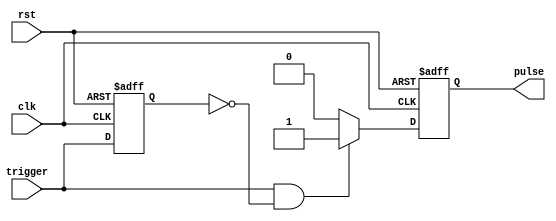
module RisingEdgePulseGenerator (
    input wire clk,
    input wire rst,
    input wire trigger,
    output reg pulse
);

reg prev_trigger;

always @(posedge clk or posedge rst) begin
    if (rst) begin
        pulse <= 0;
        prev_trigger <= 0;
    end else begin
        if (trigger && !prev_trigger) begin
            pulse <= 1;
        end else begin
            pulse <= 0;
        end
        prev_trigger <= trigger;
    end
end

endmodule